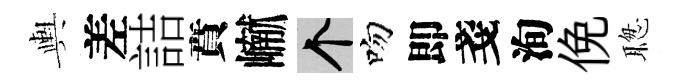
輿差詰賁𪩘个吻即戔洵俛聦